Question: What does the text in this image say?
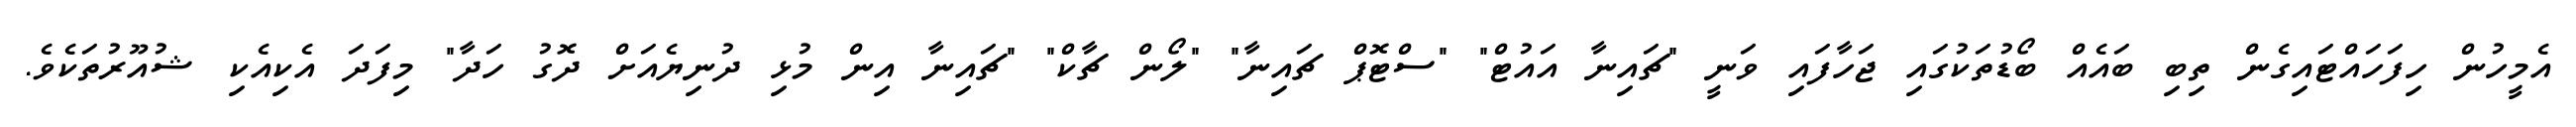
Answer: އެމީހުން ހިފަހައްޓައިގެން ތިބި ބައެއް ބޯޑުތަކުގައި ޖަހާފައި ވަނީ "ޗައިނާ އައުޓް" "ސްޓޮޕް ޗައިނާ" "ލޯން ޗާކް" "ޗައިނާ އިން މުޅި ދުނިޔެއަށް ދޮގު ހަދާ" މިފަދަ އެކިއެކި ޝުއޫރުތަކެވެ.